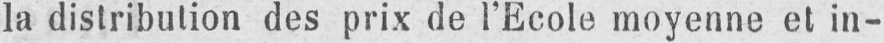
la distribution des prix de l’Ecole moyenne et in-